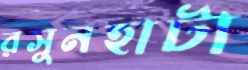
রসুনহাটা